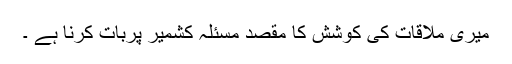
میری ملاقات کی کوشش کا مقصد مسئلہ کشمیر پربات کرنا ہے ۔